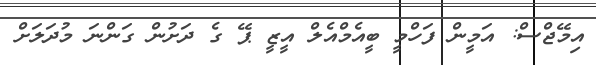
އިމޭޖްސް: އަމީން ފަހްމީ ބީއެމްއެލް އީޒީ ޕޭ ގެ ދަށުން ގަންނަ މުދަލަށް